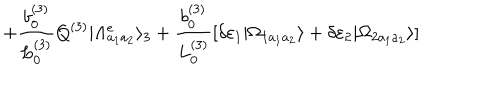
+ \frac { b _ { 0 } ^ { ( 3 ) } } { L _ { 0 } ^ { ( 3 ) } } Q ^ { ( 3 ) } | \Lambda _ { a _ { 1 } a _ { 2 } } ^ { e } \rangle _ { 3 } + \frac { b _ { 0 } ^ { ( 3 ) } } { L _ { 0 } ^ { ( 3 ) } } [ \delta \varepsilon _ { 1 } | \Omega _ { 1 a _ { 1 } a _ { 2 } } \rangle + \delta \varepsilon _ { 2 } | \Omega _ { 2 a _ { 1 } a _ { 2 } } \rangle ]